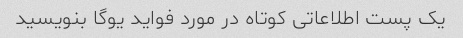
یک پست اطلاعاتی کوتاه در مورد فواید یوگا بنویسید